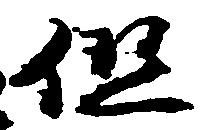
但